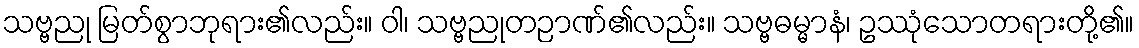
သဗ္ဗညု မြတ်စွာဘုရား၏လည်း။ ဝါ၊ သဗ္ဗညုတဉာဏ်၏လည်း။ သဗ္ဗဓမ္မာနံ၊ ဥဿုံသောတရားတို့၏။